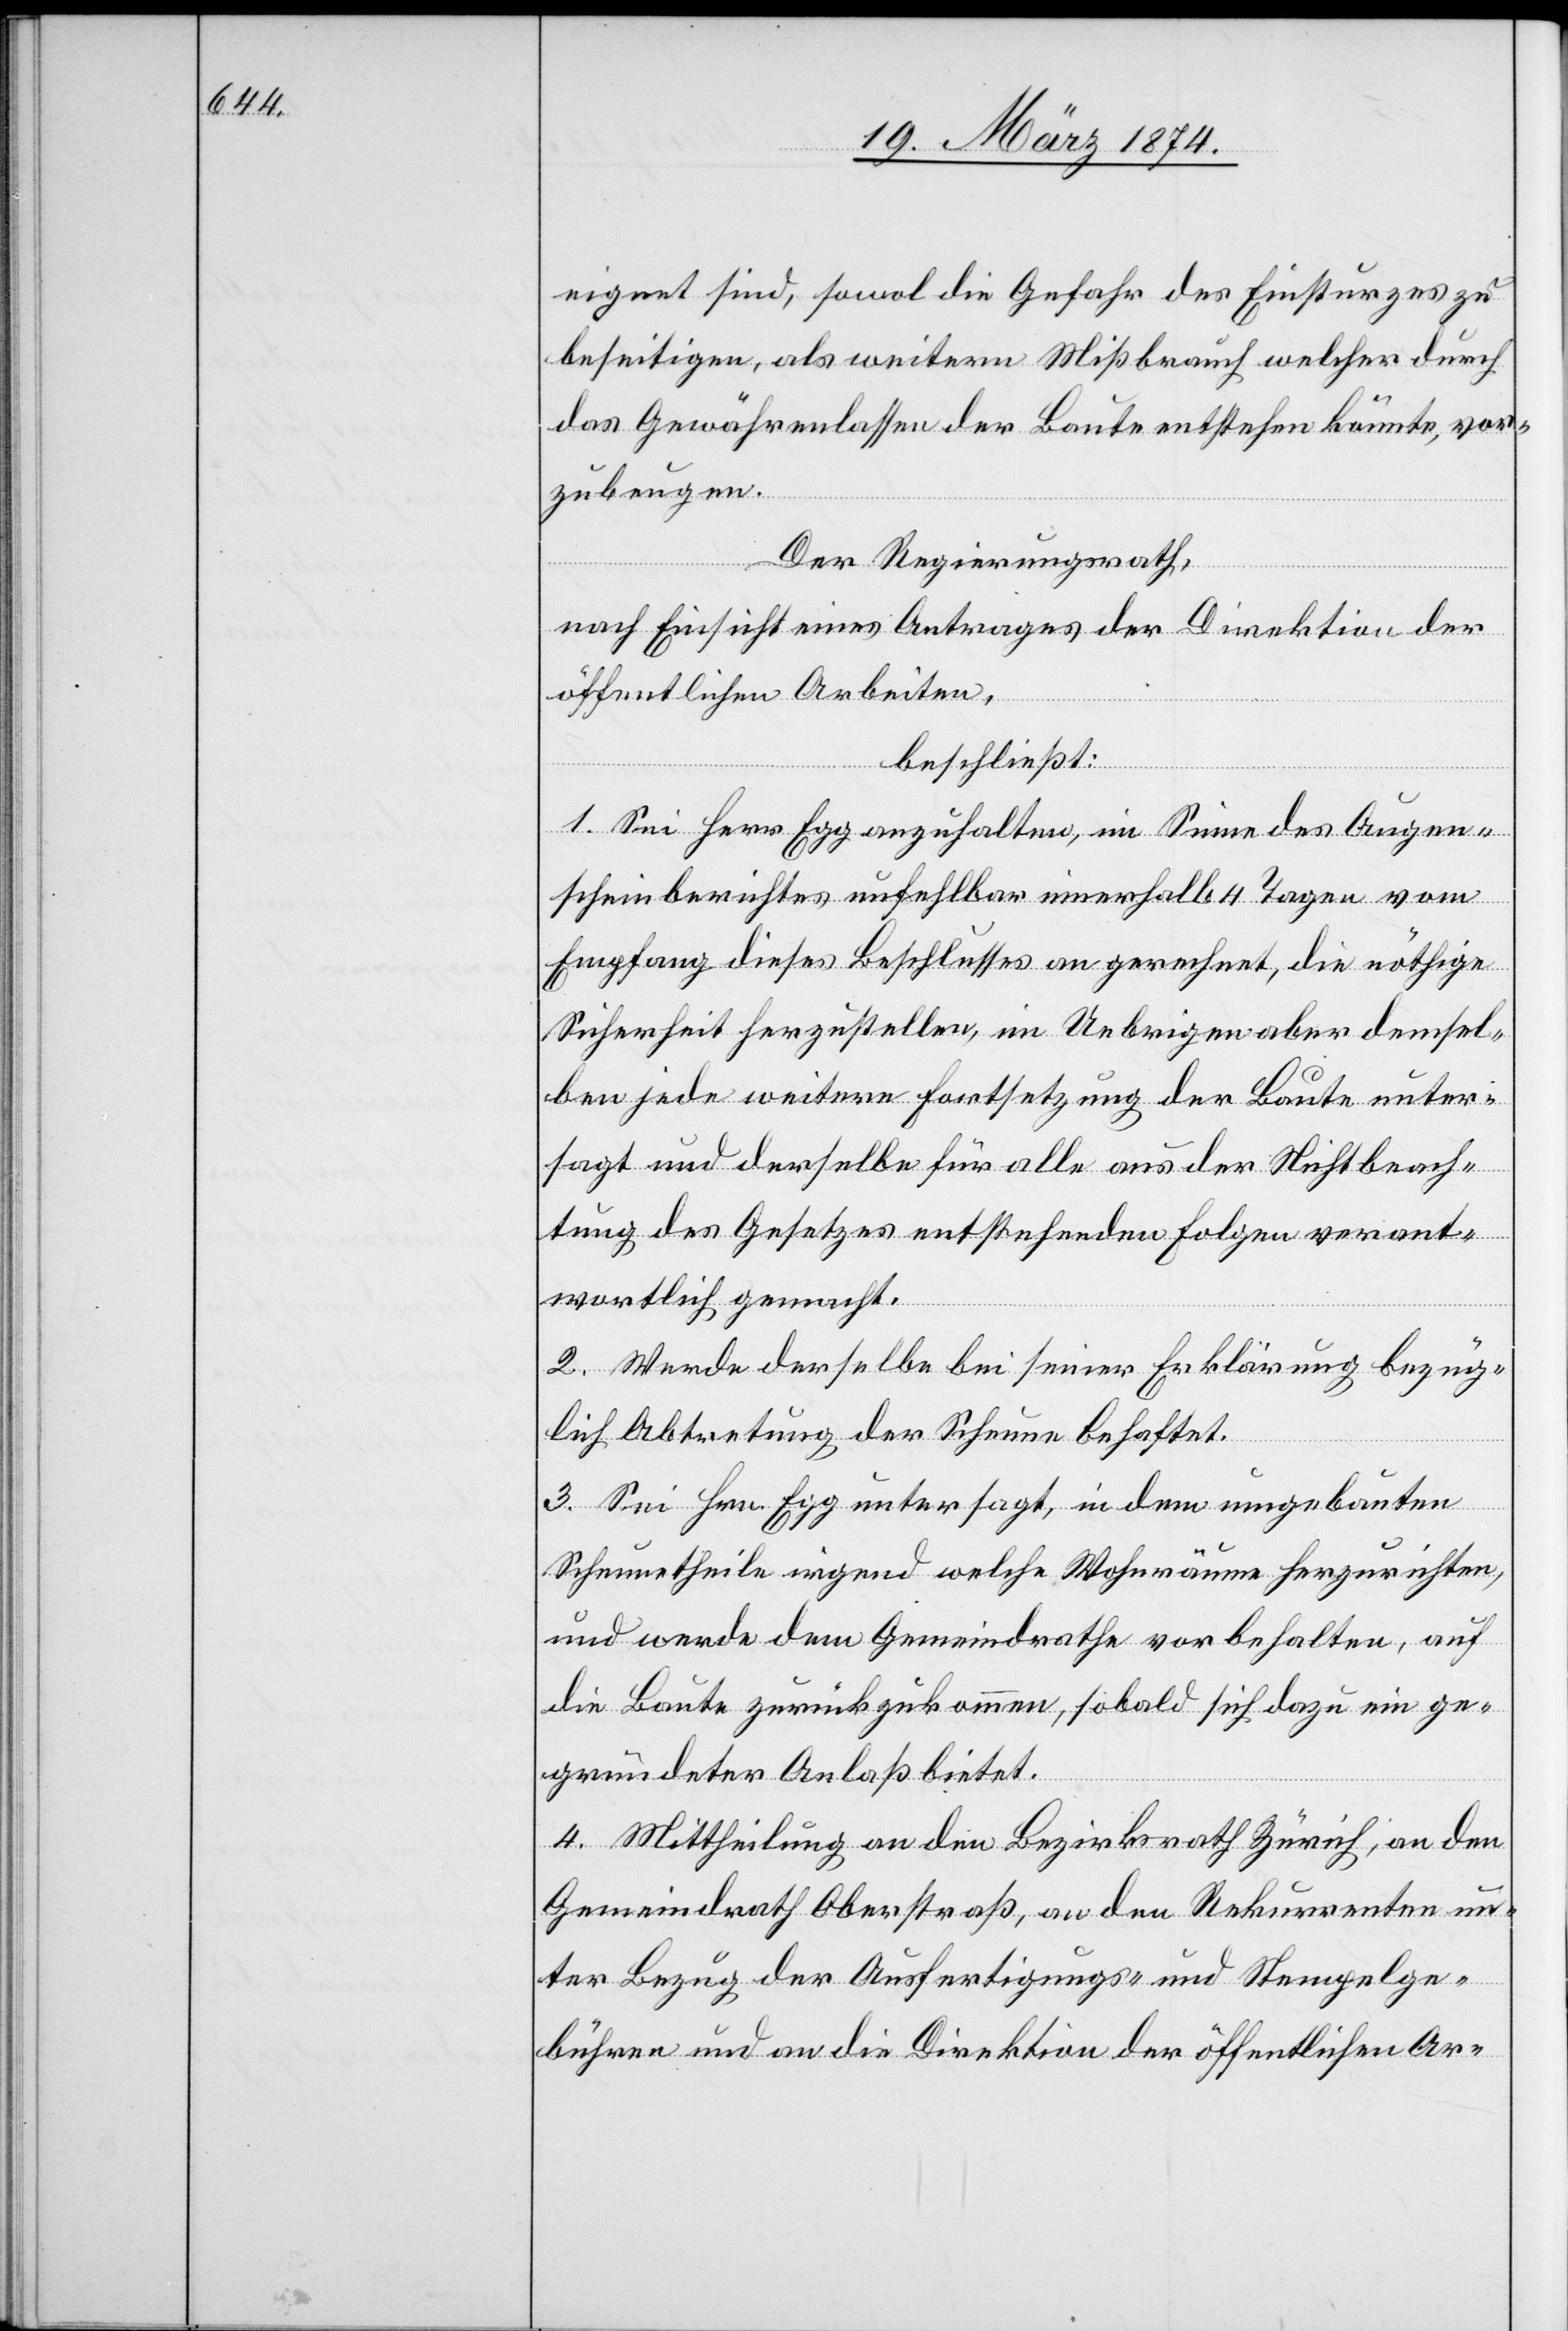
eignet sind, sowol die Gefahr des Einsturzes zu
beseitigen, als weitern Mißbrauch welcher durch
das Gewährenlassen der Baute entstehen könnte, vor¬
zubeugen.
Der Regierungsrath,
nach Einsicht eines Antrages der Direktion der
öffentlichen Arbeiten,
beschließt:
1. Sei Herr Egg anzuhalten, im Sinne des Augen¬
scheinberichtes unfehlbar innerhalb 4 Tagen vom
Empfang dieses Beschlusses an gerechnet, die nöthige
Sicherheit herzustellen, im Uebrigen aber demsel¬
ben jede weitere Fortsetzung der Baute unter¬
sagt und derselbe für alle aus der Nichtbeach¬
tung des Gesetzes entstehenden Folgen verant¬
wortlich gemacht.
2. Werde derselbe bei seiner Erklärung bezüg¬
lich Abtretung der Scheune behaftet.
3. Sei Hrn. Egg untersagt, in dem umgebauten
Scheunetheile irgend welche Wohnräume herzurichten,
und werde dem Gemeindrathe vorbehalten, auf
die Baute zurückzukommen, sobald sich dazu ein ge¬
gründeter Anlaß bietet.
4. Mittheilung an den Bezirksrath Zürich, an den
Gemeindrath Oberstraß, an den Rekurrenten un¬
ter Bezug der Ausfertigungs- und Stempelge¬
bühren und an die Direktion der öffentlichen Ar-